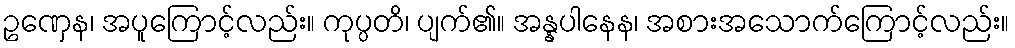
ဥဏှေန၊ အပူကြောင့်လည်း။ ကုပ္ပတိ၊ ပျက်၏။ အန္နပါနေန၊ အစားအသောက်ကြောင့်လည်း။